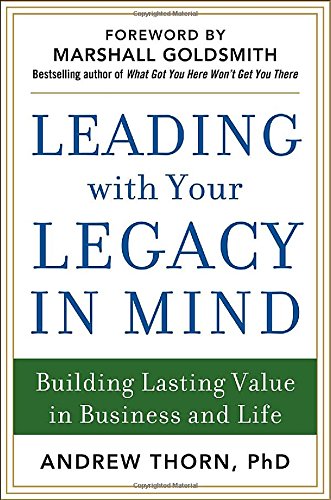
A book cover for Leading with Your Legacy in Mind: Building Lasting Value in Business and Life; Andrew Thorn; Business & Money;